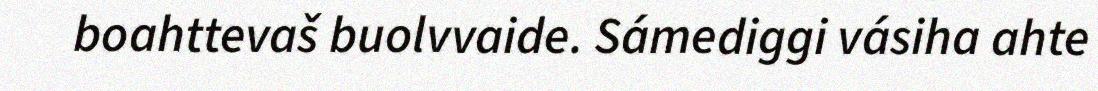
boahttevaš buolvvaide. Sámediggi vásiha ahte